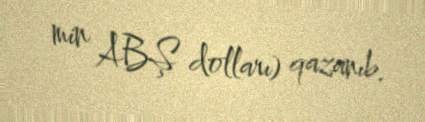
min ABŞ dolları) qazanıb.